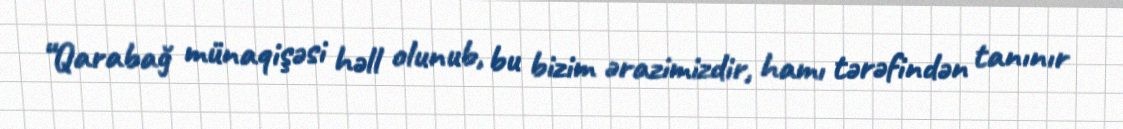
“Qarabağ münaqişəsi həll olunub, bu bizim ərazimizdir, hamı tərəfindən tanınır